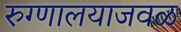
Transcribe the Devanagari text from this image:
रुग्णालयाजवळ